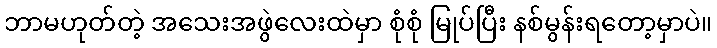
ဘာမဟုတ်တဲ့ အသေးအဖွဲလေးထဲမှာ စုံစုံ မြုပ်ပြီး နစ်မွန်းရတော့မှာပဲ။